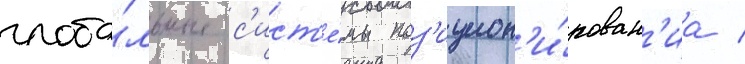
глоба́льные с'ист'е́мы поз'ицион'и́рован'иа /